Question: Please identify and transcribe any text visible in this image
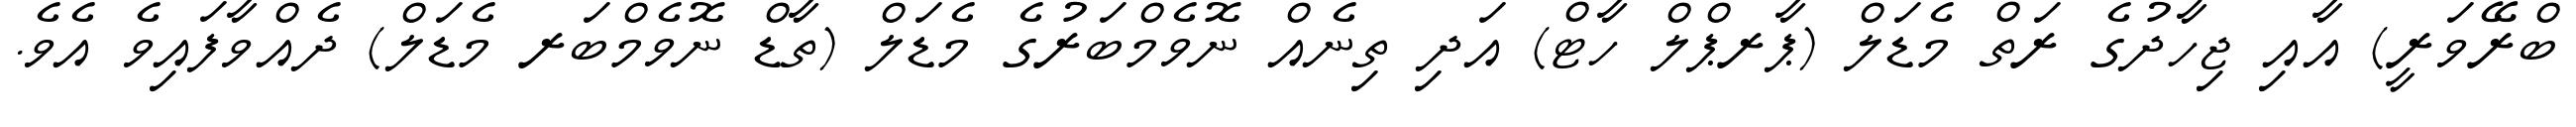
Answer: ބްރޭވަރީ) އާއި ޖިހާދުގެ ރަތް މެޑަލް (ޕާރޕްލް ހާޓް) އަދި ތިނެއް ނޮވެމްބަރުގެ މެޑަލް (ތާޑް ނޮވެމްބަރ މެޑަލް) ދެއްވާފައިވެ އެވެ.